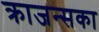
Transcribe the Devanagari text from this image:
क्राजन्सका